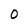
Character: O